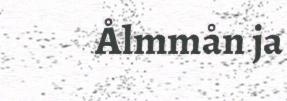
Ålmmån ja